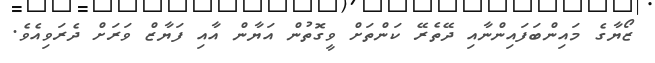
ޒޯޔާގެ މައިންބަފައިންނާއި ދޭތެރޭ ކަންތަށް ވީގޮތުން އަޔާން އާއި ފަޔާޒް ވަރަށް ދެރަވިއެވެ.